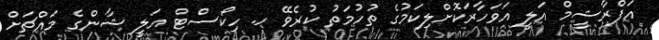
އަފްރާޝީމް އަލީ އަވަހާރަކޮށްލިކަމުގެ ތުހުމަތު ކުރެވޭ ހ. ހިކޯސްޓް އަލީ ޝާންގެ މައްޗަށް